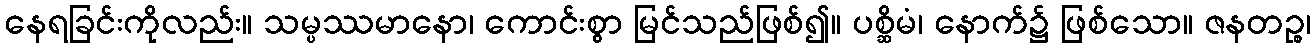
နေရခြင်းကိုလည်း။ သမ္ပဿမာနော၊ ကောင်းစွာ မြင်သည်ဖြစ်၍။ ပစ္ဆိမံ၊ နောက်၌ ဖြစ်သော။ ဇနတဉ္စ၊